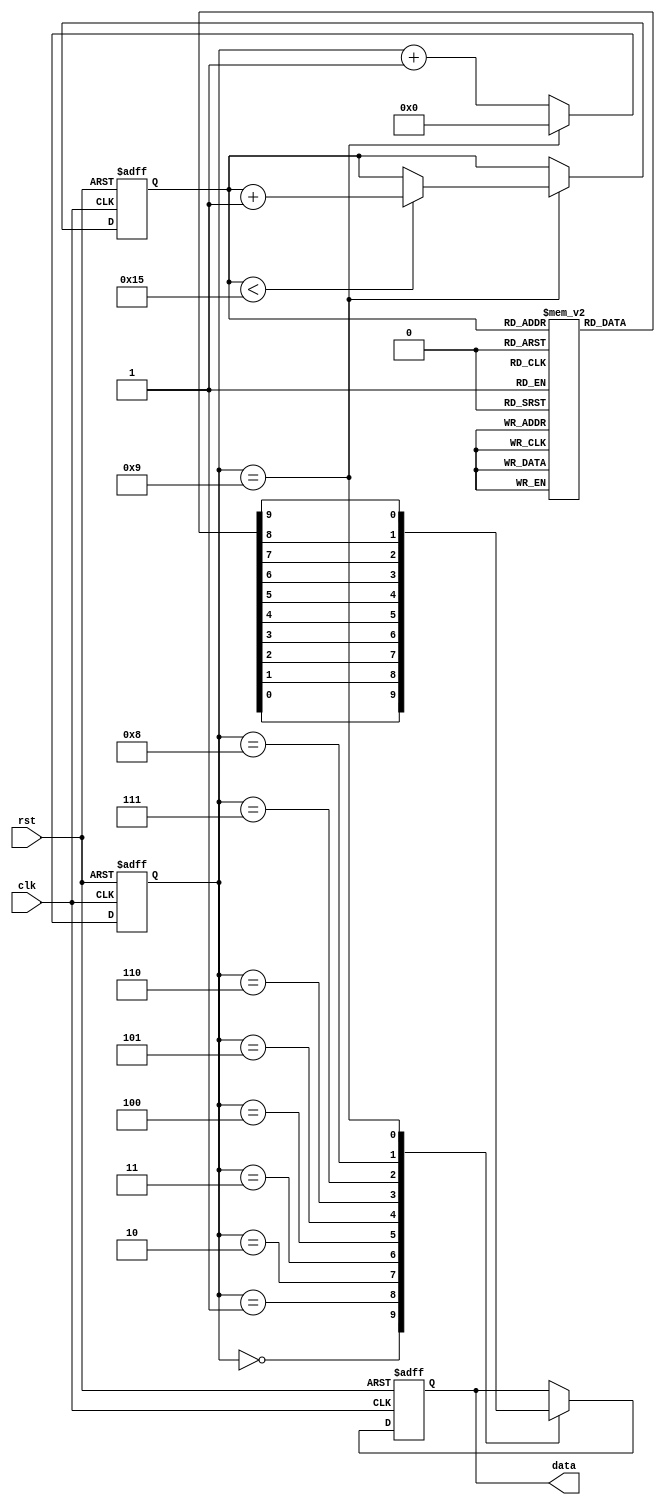
module ROM(clk, rst, data);
	input clk;
	output reg data;
	input rst;
	
	reg [4:0] index;
	reg [3:0] counter;
	reg [9:0] ROM[0:21];
	
	always @(posedge clk or negedge rst) begin
		if (!rst) begin
			index <= 5'b0;
			counter <= 4'b0;
		end
		else begin
			if (counter == 4'd9) begin
				counter <= 4'd0;
				if (index < 5'd21)
					index <= index + 1;
			end
			else
				counter <= counter + 1;
		end
	end
	
	always @(posedge clk or negedge rst) begin
		if (!rst) begin
			data <= 1'b0;
		end
		else begin
			case (counter)
				4'd0: data <= ROM[index][0];
				4'd1: data <= ROM[index][1];
				4'd2: data <= ROM[index][2];
				4'd3: data <= ROM[index][3];
				4'd4: data <= ROM[index][4];
				4'd5: data <= ROM[index][5];
				4'd6: data <= ROM[index][6];
				4'd7: data <= ROM[index][7];
				4'd8: data <= ROM[index][8];
				4'd9: data <= ROM[index][9];
			endcase
		end
	end
	
endmodule